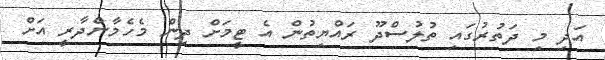
އަދި މި ދަތުރުގައި ތުލުސްދޫ ރައްޔިތުން އެ ޓީމަށް ދިން މެހެމާންދާރީ އަށް